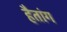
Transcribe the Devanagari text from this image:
हैतांग